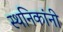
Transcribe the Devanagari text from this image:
स्थनिकांनी